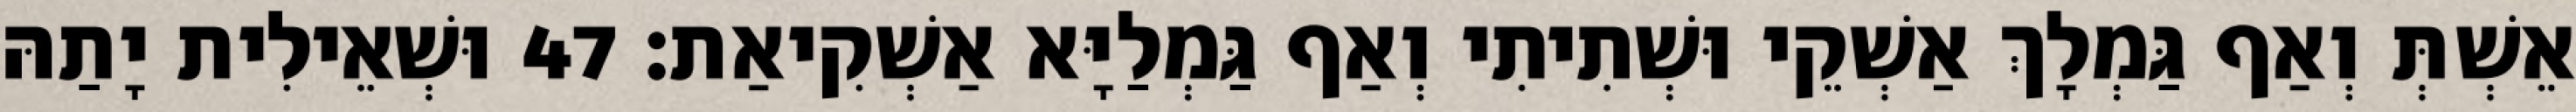
אֵשְׁתְּ וְאַף גַּמְלָךְ אַשְׁקֵי וּשְׁתִיתִי וְאַף גַּמְלַיָּא אַשְׁקִיאַת׃ 47 וּשְׁאֵילִית יָתַהּ